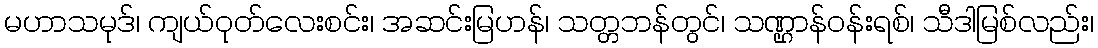
မဟာသမုဒ်၊ ကျယ်ဝုတ်လေးစင်း၊ အဆင်းမြဟန်၊ သတ္တဘန်တွင်၊ သဏ္ဌာန်ဝန်းရစ်၊ သီဒါမြစ်လည်း၊